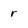
Character: r